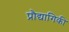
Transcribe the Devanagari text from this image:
प्रौद्यागिकी